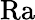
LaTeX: \mathrm{Ra}